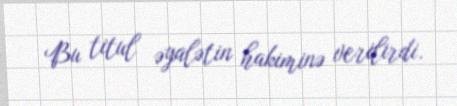
Bu titul əyalətin hakiminə verilirdi.